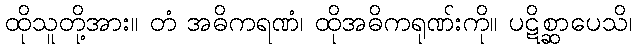
ထိုသူတို့အား။ တံ အဓိကရဏံ၊ ထိုအဓိကရုဏ်းကို။ ပဋိစ္ဆာပေသိ၊